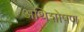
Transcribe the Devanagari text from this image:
अथिशोषण